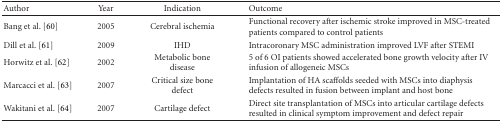
| Author | Year | Indication | Outcome |
 | --- | --- | --- | --- |
 | Bang et al. [60] | 2005 | Cerebral ischemia | Functional recovery after ischemic stroke improved in MSC-treated patients compared to control patients |
 | Dill et al. [61] | 2009 | IHD | Intracoronary MSC administration improved LVF after STEMI |
 | Horwitz et al. [62] | 2002 | Metabolic bone disease | 5 of 6 OI patients showed accelerated bone growth velocity after IV infusion of allogeneic MSCs |
 | Marcacci et al. [63] | 2007 | Critical size bone defect | Implantation of HA scaffolds seeded with MSCs into diaphysis defects resulted in fusion between implant and host bone |
 | Wakitani et al. [64] | 2007 | Cartilage defect | Direct site transplantation of MSCs into articular cartilage defects resulted in clinical symptom improvement and defect repair |